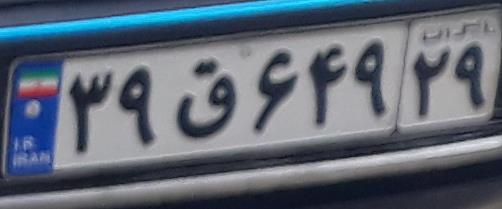
۳۹ق۶۴۹۲۹